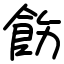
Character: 飭